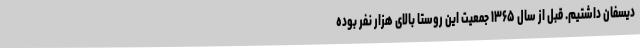
دیسفان داشتیم. قبل از سال ۱۳۶۵ جمعیت این روستا بالای هزار نفر بوده